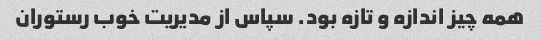
همه چیز اندازه و تازه بود. سپاس از مدیریت خوب رستوران